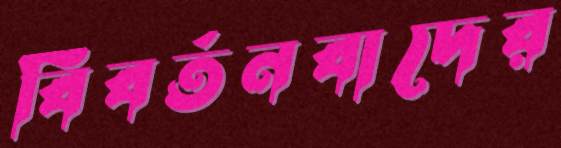
বিবর্তনবাদের